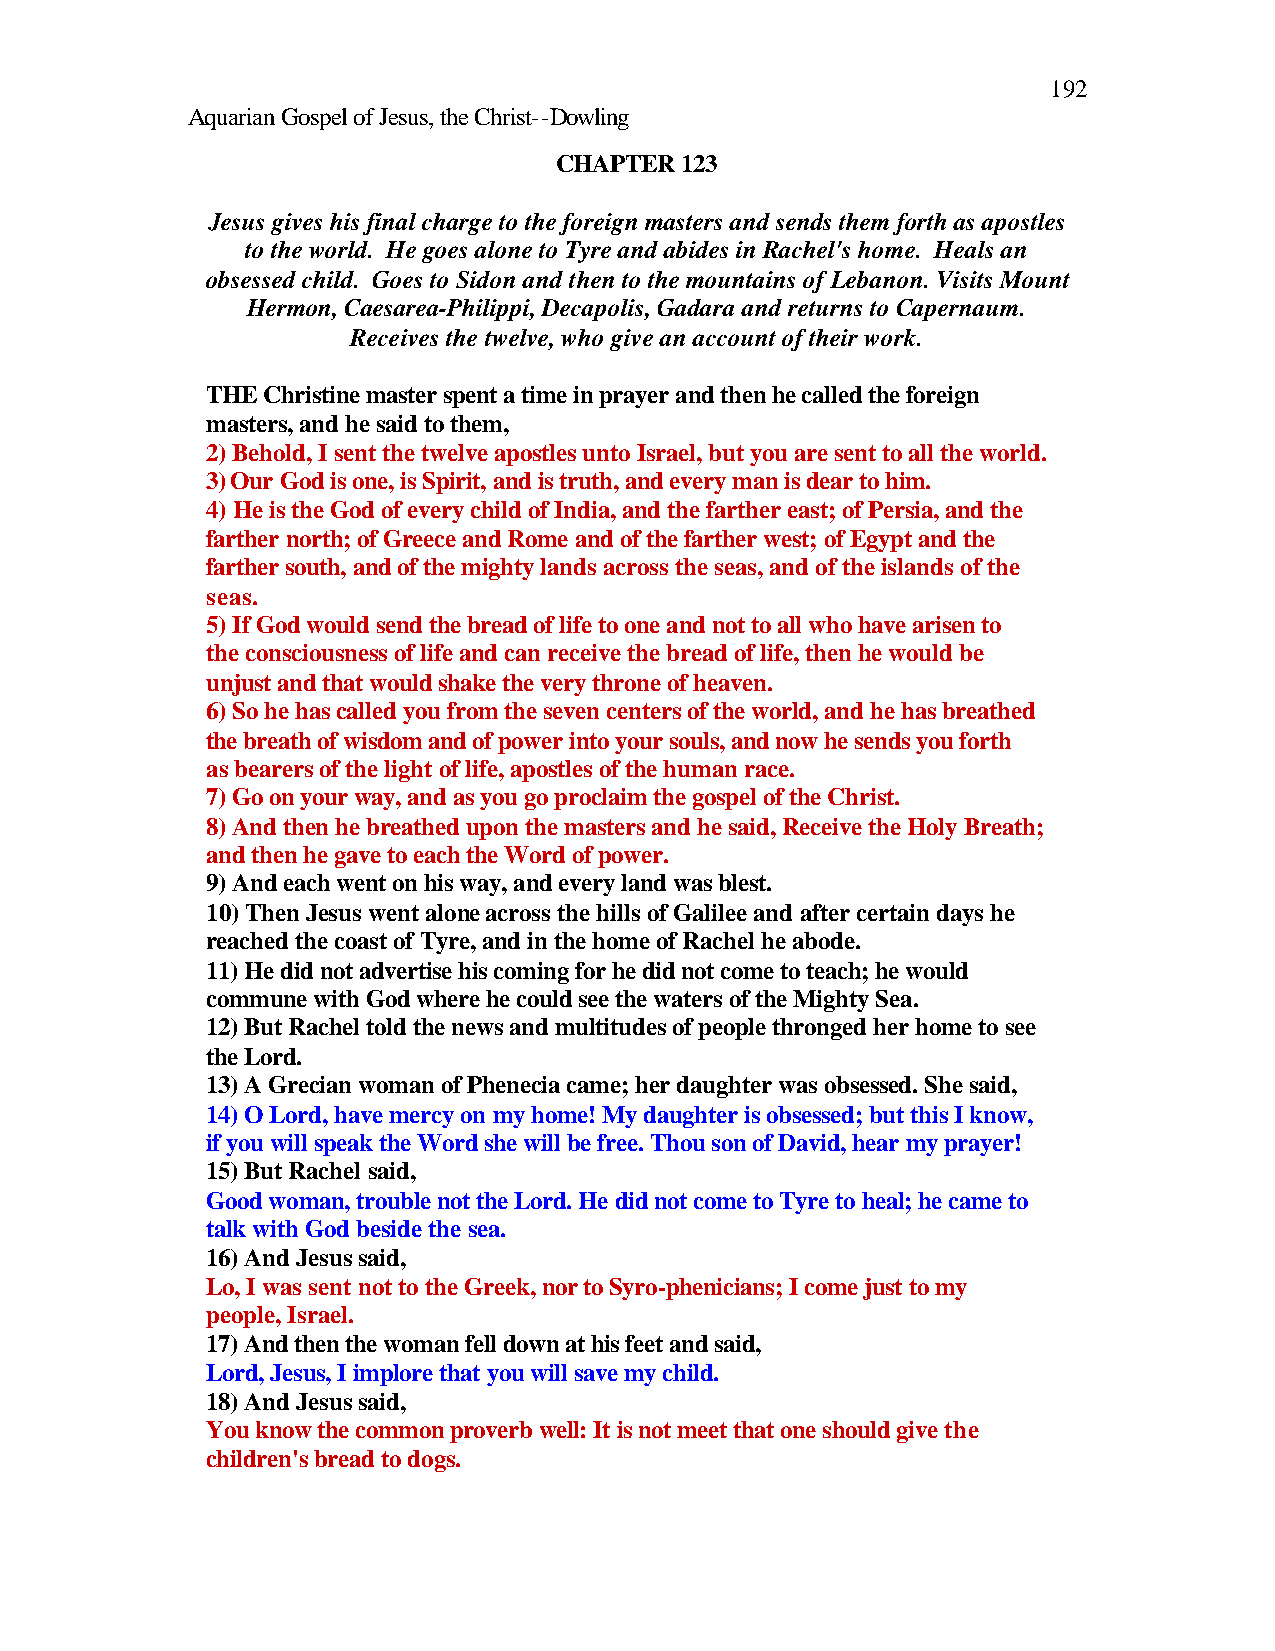
192
 Aquarian Gospel of Jesus, the Christ--Dowling
 CHAPTER 123
 Jesus gives his final charge to the foreign masters and sends them forth as apostles
 to the world. He goes alone to Tyre and abides in Rachel's home. Heals an
 obsessed child. Goes to Sidon and then to the mountains of Lebanon. Visits Mount
 Hermon, Caesarea-Philippi, Decapolis, Gadara and returns to Capernaum.
 Receives the twelve, who give an account of their work.
 THE Christine master spent a time in prayer and then he called the foreign
 masters, and he said to them,
 2) Behold, I sent the twelve apostles unto Israel, but you are sent to all the world.
 3) Our God is one, is Spirit, and is truth, and every man is dear to him.
 4) He is the God of every child of India, and the farther east; of Persia, and the
 farther north; of Greece and Rome and of the farther west; of Egypt and the
 farther south, and of the mighty lands across the seas, and of the islands of the
 seas.
 5) If God would send the bread of life to one and not to all who have arisen to
 the consciousness of life and can receive the bread of life, then he would be
 unjust and that would shake the very throne of heaven.
 6) So he has called you from the seven centers of the world, and he has breathed
 the breath of wisdom and of power into your souls, and now he sends you forth
 as bearers of the light of life, apostles of the human race.
 7) Go on your way, and as you go proclaim the gospel of the Christ.
 8) And then he breathed upon the masters and he said, Receive the Holy Breath;
 and then he gave to each the Word of power.
 9) And each went on his way, and every land was blest.
 10) Then Jesus went alone across the hills of Galilee and after certain days he
 reached the coast of Tyre, and in the home of Rachel he abode.
 11) He did not advertise his coming for he did not come to teach; he would
 commune with God where he could see the waters of the Mighty Sea.
 12) But Rachel told the news and multitudes of people thronged her home to see
 the Lord.
 13) A Grecian woman of Phenecia came; her daughter was obsessed. She said,
 14) O Lord, have mercy on my home! My daughter is obsessed; but this I know,
 if you will speak the Word she will be free. Thou son of David, hear my prayer!
 15) But Rachel said,
 Good woman, trouble not the Lord. He did not come to Tyre to heal; he came to
 talk with God beside the sea.
 16) And Jesus said,
 Lo, I was sent not to the Greek, nor to Syro-phenicians; I come just to my
 people, Israel.
 17) And then the woman fell down at his feet and said,
 Lord, Jesus, I implore that you will save my child.
 18) And Jesus said,
 You know the common proverb well: It is not meet that one should give the
 children's bread to dogs.